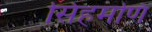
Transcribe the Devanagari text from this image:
सिंहमणि